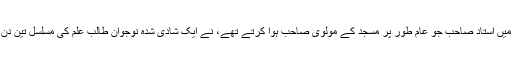
ایسے ہی کسی ادارے میں استاد صاحب جو عام طور پر مسجد کے مولوی صاحب ہوا کرتے تھے، نے ایک شادی شدہ نوجوان طالب علم کی مسلسل تین دن غیر حاضری لگا دی۔